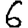
Digit: 6